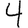
Digit: 4